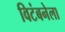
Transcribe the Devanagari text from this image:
विटंबनेला